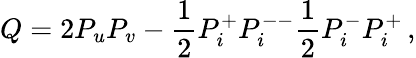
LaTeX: Q=2P_{u}P_{v}-\frac{1}{2}P_{i}^{+}P_{i}^{--}\frac{1}{2}P_{i}^{-}P_{i}^{+}\, ,